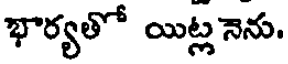
భార్యతో యిట్ల నెను.